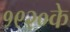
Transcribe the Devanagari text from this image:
१९२०के